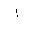
Letter: _alif